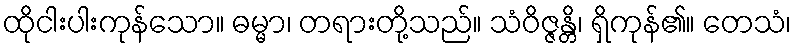
ထိုငါးပါးကုန်သော။ ဓမ္မာ၊ တရားတို့သည်။ သံဝိဇ္ဇန္တိ၊ ရှိကုန်၏။ တေသံ၊